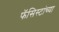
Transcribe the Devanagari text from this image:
फॅसिस्टांच्या